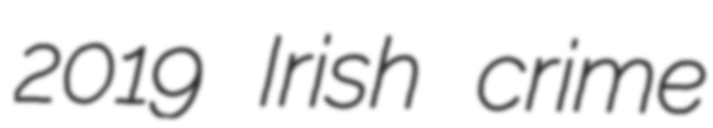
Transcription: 2019 Irish crime